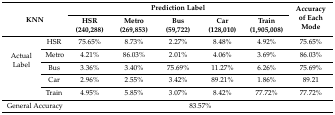
| <ROWSPAN=2-COLSPAN=2> KNN | <COLSPAN=5> Prediction Label | <ROWSPAN=2> Accuracy of Each Mode |
 | HSR (240,288) | Metro (269,853) | Bus (59,722) | Car (128,010) | Train (1,905,008) |
 | --- | --- | --- | --- | --- | --- | --- | --- |
 | <ROWSPAN=5> Actual Label | HSR | 75.65% | 8.73% | 2.27% | 8.48% | 4.92% | 75.65% |
 | Metro | 4.21% | 86.03% | 2.01% | 4.06% | 3.69% | 86.03% |
 | Bus | 3.36% | 3.40% | 75.69% | 11.27% | 6.26% | 75.69% |
 | Car | 2.96% | 2.55% | 3.42% | 89.21% | 1.86% | 89.21 |
 | Train | 4.95% | 5.85% | 3.07% | 8.42% | 77.72% | 77.72% |
 | <COLSPAN=2> General Accuracy | <COLSPAN=6> 83.57% |